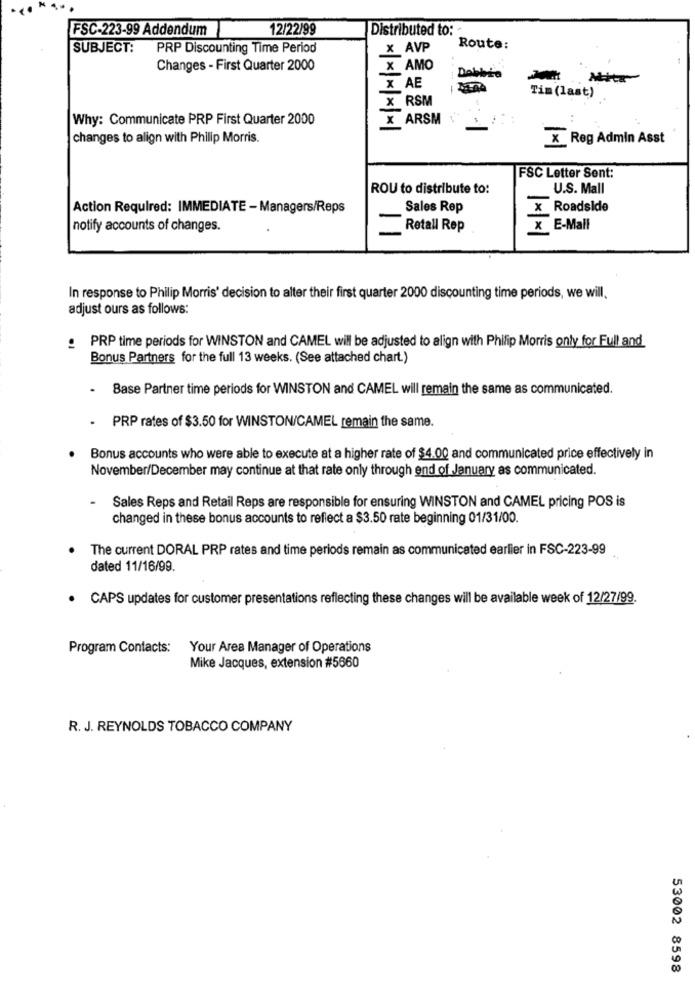
FSC-223-99 Addendum
12/22/99
Distributed to:
SUBJECT:
PRP Discounting Time Period
X AVP
Route:
Changes - First Quarter 2000
x AMO
Debbie
X AE
x RSM
Tim (last)
Why: Communicate PRP First Quarter 2000
X ARSM
changes to align with Philip Morris.
X Reg Admin Asst
FSC Letter Sent:
ROU to distribute to:
U.S. Mall
Action Required: IMMEDIATE - Managers/Reps
Sales Rep
Roadside
notify accounts of changes.
Retall Rep
x E-Mail
In response to Philip Morris' decision to alter their first quarter 2000 discounting time periods, we will.
adjust ours as follows:
. PRP time periods for WINSTON and CAMEL will be adjusted to align with Philip Morris only for Full and
Bonus Partners for the full 13 weeks. (See attached chart.)
Base Partner time periods for WINSTON and CAMEL will remain the same as communicated.
- PRP rates of $3.50 for WINSTON/CAMEL remain the same.
Bonus accounts who were able to execute at a higher rate of $4.00 and communicated price effectively in
November/December may continue at that rate only through end of January as communicated.
Sales Reps and Retail Reps are responsible for ensuring WINSTON and CAMEL pricing POS is
changed in these bonus accounts to reflect a $3.50 rate beginning 01/31/00.
The current DORAL PRP rates and time periods remain as communicated earlier in FSC-223-99
dated 11/16/99.
· CAPS updates for customer presentations reflecting these changes will be available week of 12/27/99.
Program Contacts:
Your Area Manager of Operations
Mike Jacques, extension #5660
R. J. REYNOLDS TOBACCO COMPANY
53002 8598